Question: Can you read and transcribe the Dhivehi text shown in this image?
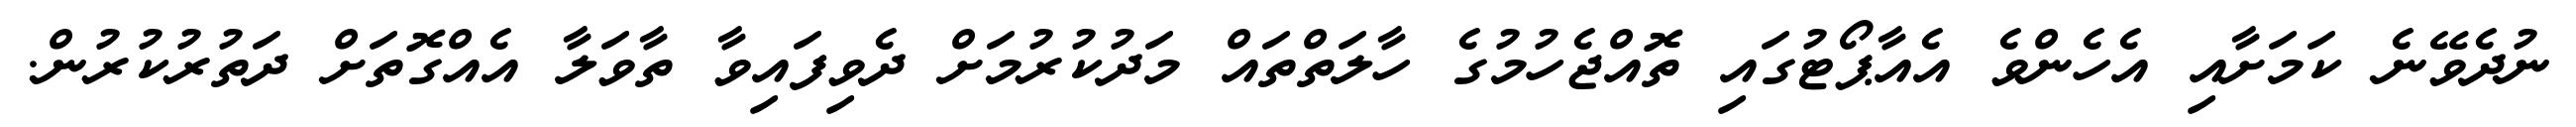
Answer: ނުދެވޭނެ ކަމަށާއި އެހެންވެ އެއާޕޯޓުގައި ތޮއްޖެހުމުގެ ހާލަތްތައް މަދުކުރުމަށް ދެވިފައިވާ ތާވަލާ އެއްގޮތަށް ދަތުރުކުރުން.